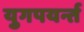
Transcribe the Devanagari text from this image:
युगपयर्न्त